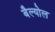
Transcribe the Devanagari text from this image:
बैल्योल